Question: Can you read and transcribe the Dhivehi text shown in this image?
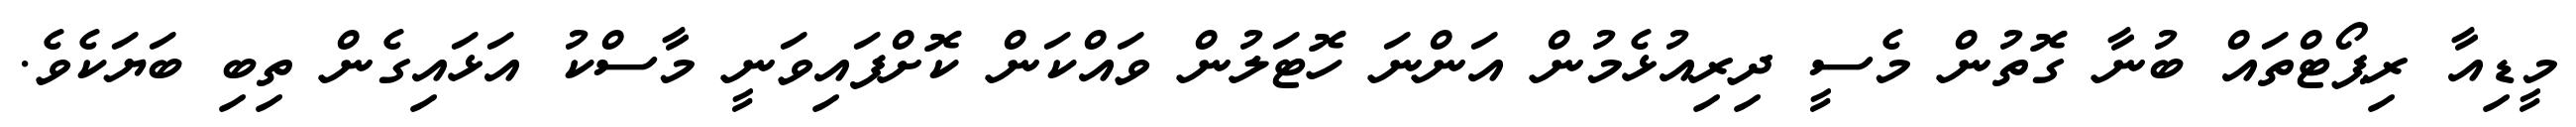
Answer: މީޑިއާ ރިޕޯޓްތައް ބުނާ ގޮތުން މެސީ ދިރިއުޅެމުން އަންނަ ހޮޓަލުން ވައްކަން ކޮށްފައިވަނީ މާސްކު އަޅައިގެން ތިބި ބަޔަކެވެ.